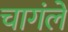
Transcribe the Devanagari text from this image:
चागंले